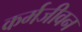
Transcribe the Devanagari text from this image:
कर्मजीवन